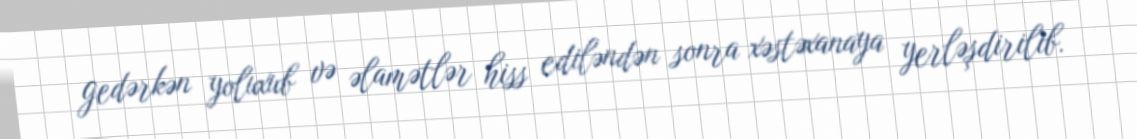
gedərkən yoluxub və əlamətlər hiss ediləndən sonra xəstəxanaya yerləşdirilib.